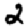
Digit: 2